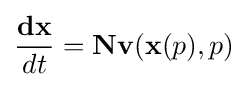
{\dfrac {\bf {dx}}{dt}}={\bf {N}}{\bf {v}}({\bf {x}}(p),p)